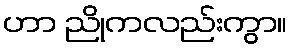
ဟာ ညိုကလည်းကွာ။